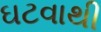
ઘટવાથી